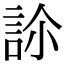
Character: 𧦜